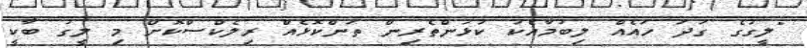
"ލީގުގެ ގަދަ ހައެއް ލިބުމާއެކު ކުޅުންތެރިން ތަންކޮޅެއް ރިލެކްސްކޮށް މި ލީގު ބާކީ